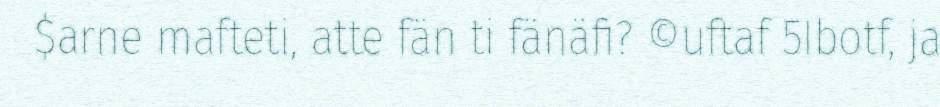
$arne mafteti, atte fän ti fänäfi? ©uftaf 5Ibotf, ja